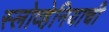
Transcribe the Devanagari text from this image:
स्लोव्हेनियाची